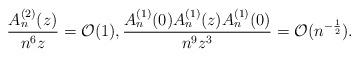
LaTeX: \begin{align*} \frac{A_n^{(2)}(z)}{ n^6 z} & = \mathcal{O}(1), \frac{A_n^{(1)}(0)A_n^{(1)}(z) A_n^{(1)}(0)}{n^9z^3} = \mathcal{O}(n^{- \frac{1}{2}}).\end{align*}